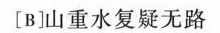
[B]山重水复疑无路